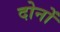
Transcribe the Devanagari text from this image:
दोनों